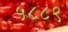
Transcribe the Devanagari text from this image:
५८८९